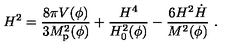
H ^ { 2 } = { \frac { 8 \pi V ( \phi ) } { 3 M _ { \mathrm { p } } ^ { 2 } ( \phi ) } } + { \frac { H ^ { 4 } } { H _ { 0 } ^ { 2 } ( \phi ) } } - { \frac { 6 H ^ { 2 } \dot { H } } { M ^ { 2 } ( \phi ) } } \ .